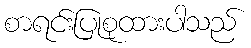
စာရင်းပြုစုထားပါသည်